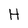
Character: H